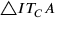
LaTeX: \triangle I T _ { C } A